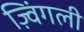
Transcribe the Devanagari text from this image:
ज़्विंगली